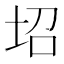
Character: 𡊱